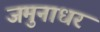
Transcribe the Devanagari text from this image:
जमुनाधर